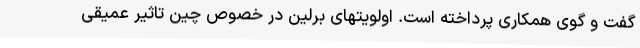
گفت و گوی همکاری پرداخته است. اولویتهای برلین در خصوص چین تاثیر عمیقی